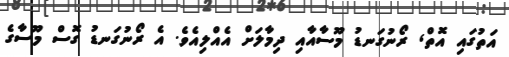
އަތުގައި އޮތް